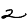
Digit: 2